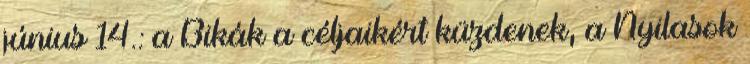
június 14.: a Bikák a céljaikért küzdenek, a Nyilasok